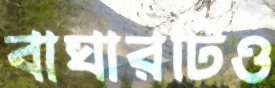
বাঘারটিও